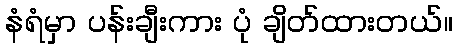
နံရံမှာ ပန်းချီးကား ပုံ ချိတ်ထားတယ်။